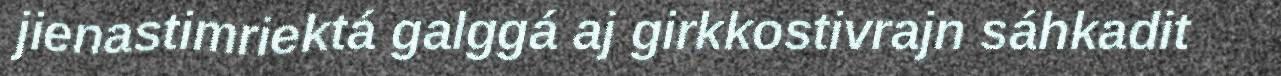
jienastimriektá galggá aj girkkostivrajn sáhkadit